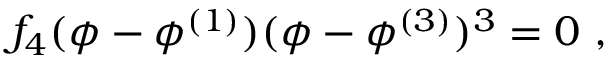
f _ { 4 } ( \phi - \phi ^ { ( 1 ) } ) ( \phi - \phi ^ { ( 3 ) } ) ^ { 3 } = 0 \ ,